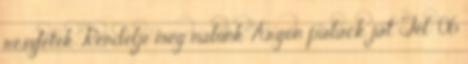
részletek Rendelje meg nálunk Argon palack ját Tel: 06